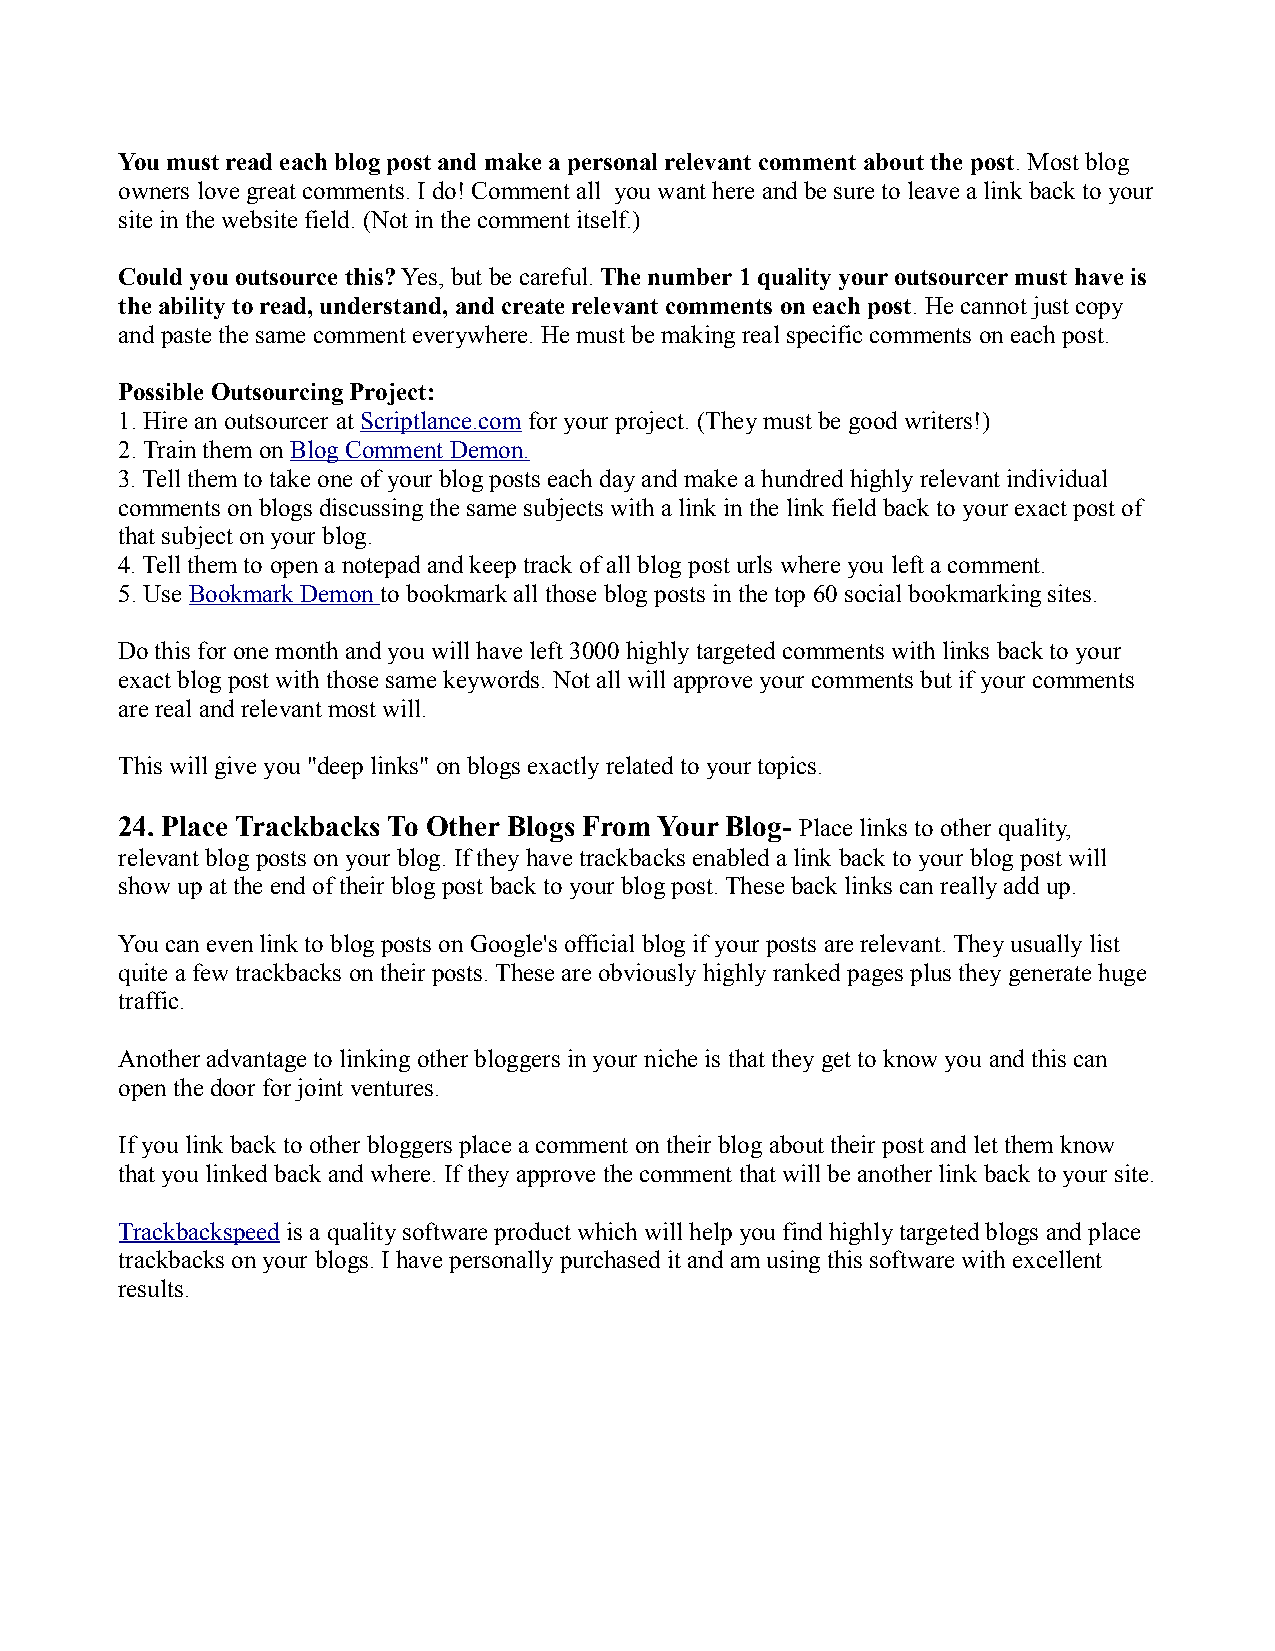
You must read each blog post and make a personal relevant comment about the post. Most blog
 owners love great comments. I do! Comment all you want here and be sure to leave a link back to your
 site in the website field. (Not in the comment itself.)
 Could you outsource this? Yes, but be careful. The number 1 quality your outsourcer must have is
 the ability to read, understand, and create relevant comments on each post. He cannot just copy
 and paste the same comment everywhere. He must be making real specific comments on each post.
 Possible Outsourcing Project:
 1. Hire an outsourcer at Scriptlance.com for your project. (They must be good writers!)
 2. Train them on Blog Comment Demon.
 3. Tell them to take one of your blog posts each day and make a hundred highly relevant individual
 comments on blogs discussing the same subjects with a link in the link field back to your exact post of
 that subject on your blog.
 4. Tell them to open a notepad and keep track of all blog post urls where you left a comment.
 5. Use Bookmark Demon to bookmark all those blog posts in the top 60 social bookmarking sites.
 Do this for one month and you will have left 3000 highly targeted comments with links back to your
 exact blog post with those same keywords. Not all will approve your comments but if your comments
 are real and relevant most will.
 This will give you "deep links" on blogs exactly related to your topics.
 24. Place Trackbacks To Other Blogs From Your Blog- Place links to other quality,
 relevant blog posts on your blog. If they have trackbacks enabled a link back to your blog post will
 show up at the end of their blog post back to your blog post. These back links can really add up.
 You can even link to blog posts on Google's official blog if your posts are relevant. They usually list
 quite a few trackbacks on their posts. These are obviously highly ranked pages plus they generate huge
 traffic.
 Another advantage to linking other bloggers in your niche is that they get to know you and this can
 open the door for joint ventures.
 If you link back to other bloggers place a comment on their blog about their post and let them know
 that you linked back and where. If they approve the comment that will be another link back to your site.
 Trackbackspeed is a quality software product which will help you find highly targeted blogs and place
 trackbacks on your blogs. I have personally purchased it and am using this software with excellent
 results.